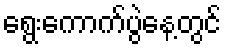
ရွေးကောက်ပွဲနေ့တွင်